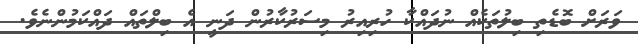
ވަރަށް ބޮޑެތި ބިލުތަކެއް ނުދައްކާ ހުރިއިރު މިސަރުކާރުން ދަނީ އެ ބިލްތައް ދައްކަމުންނެވެ.